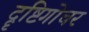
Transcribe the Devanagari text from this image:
दॄष्टिगोचर